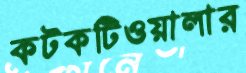
কটকটিওয়ালার